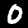
Digit: 0